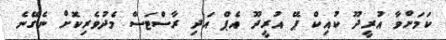
ކަމަށްވާ އުރީދޫ ކުއިކް ޕޭ އުރީދޫ އެޕް އަދި ރާސްޓަސް މެދުވެރިކޮށް ނެގޭނެ